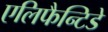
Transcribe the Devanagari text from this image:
एलिफैन्टिडे